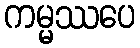
ကမ္မဿပေ